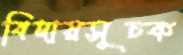
বিদায়সূচক